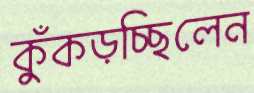
কুঁকড়চ্ছিলেন